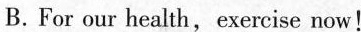
B.For our health,exercise now!